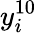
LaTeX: y_{i}^{10}